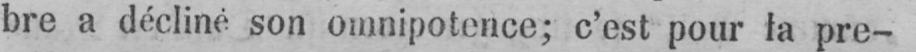
bre a décliné son omnipotence; c’est pour la pre-